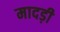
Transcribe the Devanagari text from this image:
मादड़ी